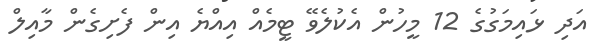
އަދި ޅައިމަގުގެ 12 މީހުން އެކުލެވޭ ޓީމެއް އިއްޔެ އިން ފެށިގެން މާއިލް